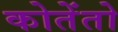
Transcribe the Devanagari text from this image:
कोतेंतो